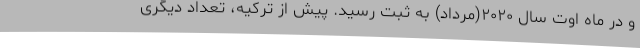
و در ماه اوت سال ۲۰۲۰(مرداد) به ثبت رسید. پیش از ترکیه، تعداد دیگری